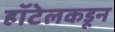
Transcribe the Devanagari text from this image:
हॉटेलकडून